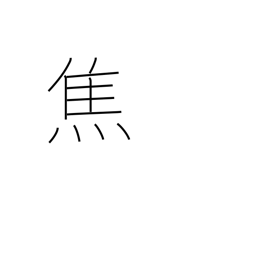
Meaning: burn